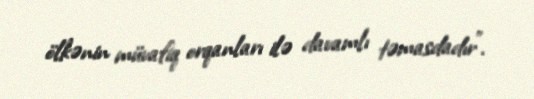
ölkənin müvafiq orqanları ilə davamlı təmasdadır”.